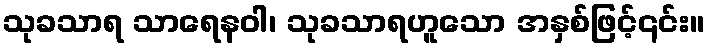
သုခသာရ သာရေနဝါ၊ သုခသာရဟူသော အနှစ်ဖြင့်၎င်း။